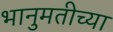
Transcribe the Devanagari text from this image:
भानुमतीच्या